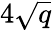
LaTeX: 4{\sqrt{q}}